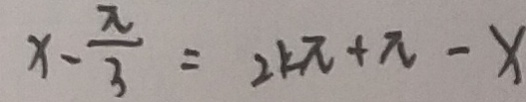
x - \frac { \pi } { 3 } = 2 k \pi + \pi - x